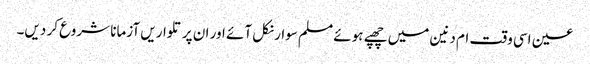
عین اسی وقت ام دنین میں چھپے ہوئے مسلم سوار نکل آئے اور ان پر تلواریں آزمانا شروع کر دیں۔